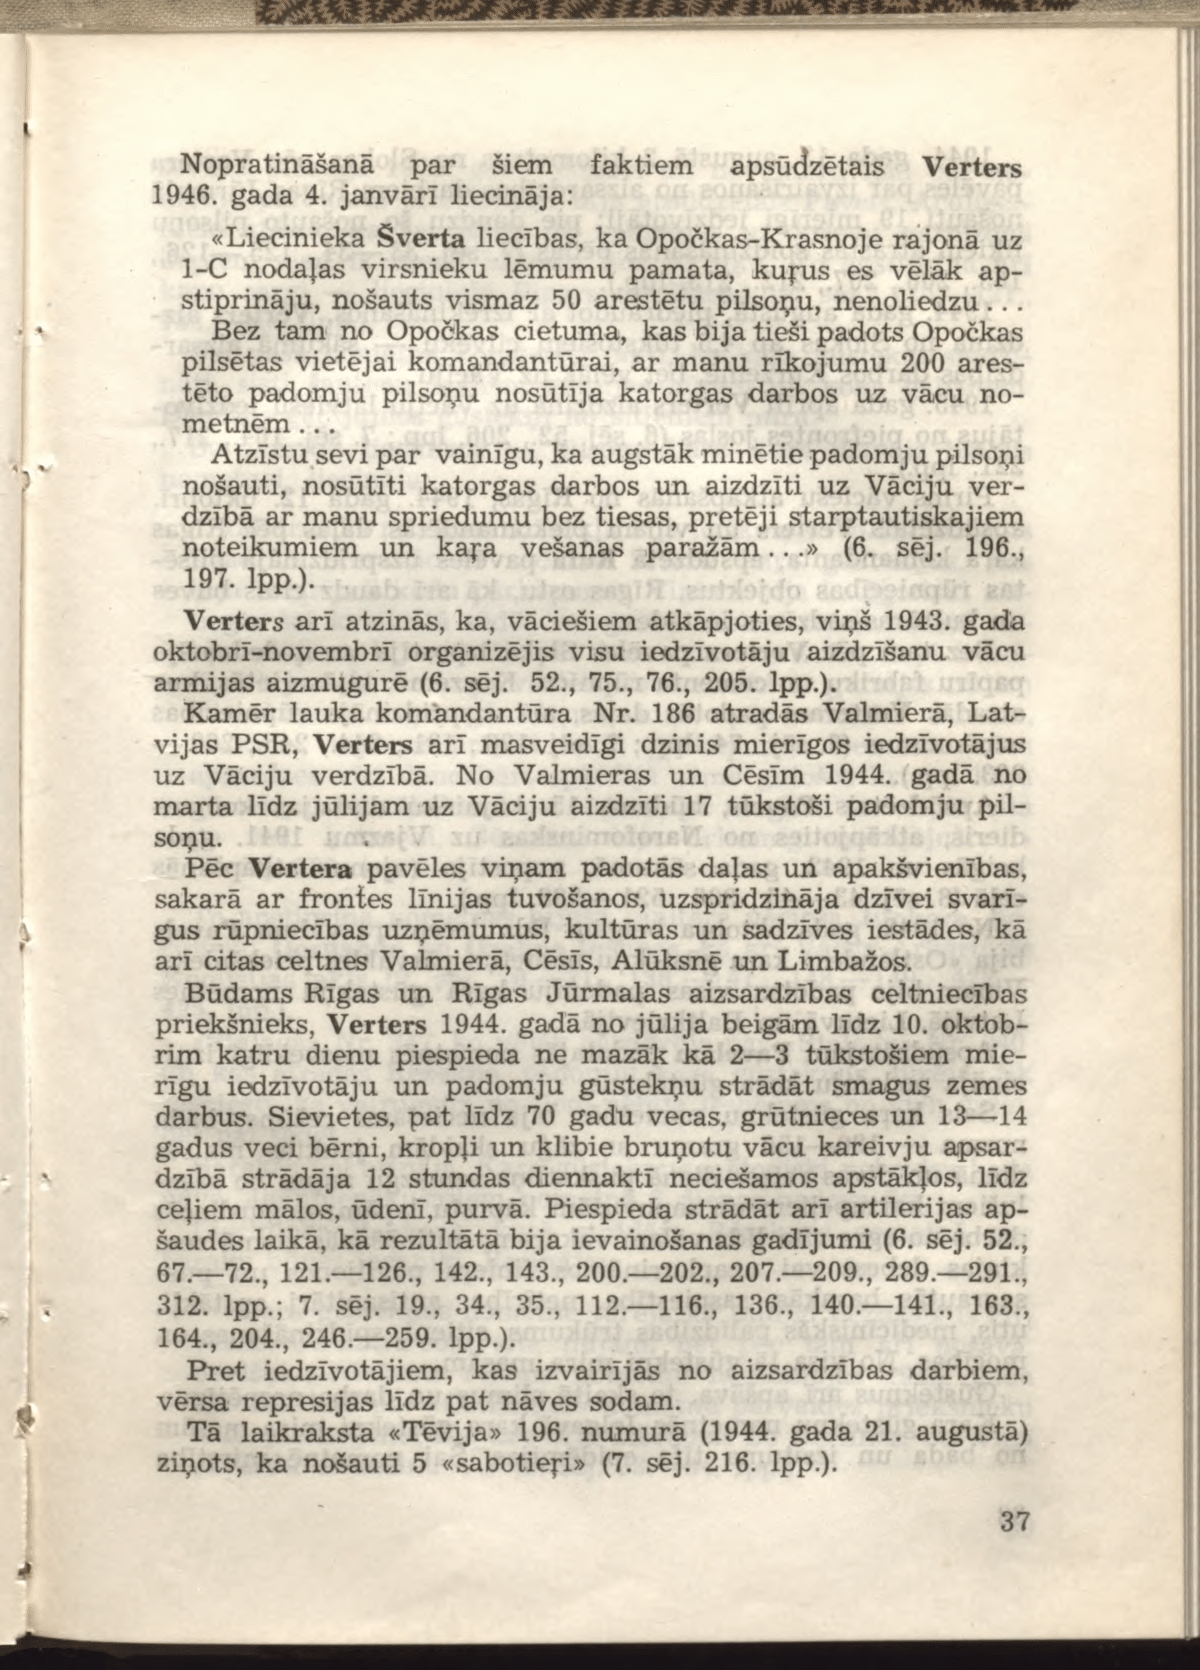
Language: lv